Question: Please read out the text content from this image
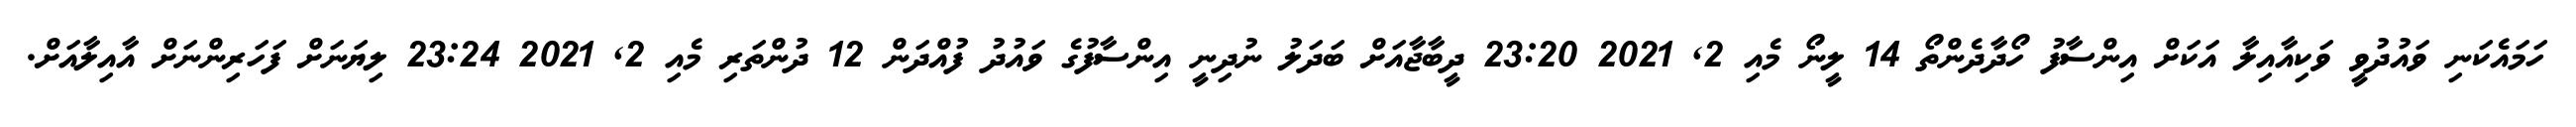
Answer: ހަމައެކަނި ވައުދުވީ ވަކިއާއިލާ އަކަށް އިންސާފު ހޯދާދެންތޯ 14 ލީނޯ މެއި 2, 2021 23:20 ދީބާޖާއަށް ބަދަލު ނުދިނީ އިންސާފުގެ ވައުދު ފުއްދަން 12 ދުންތަރި މެއި 2, 2021 23:24 ލިޔަނަށް ފަހަރިންނަށް އާއިލާއަށް.